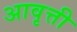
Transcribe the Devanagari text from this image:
अावृत्ती